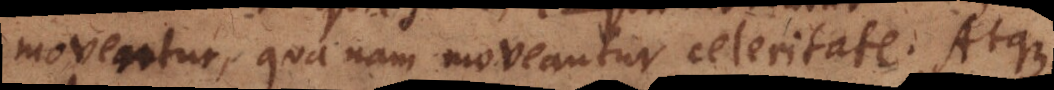
moventur, quanam moveantur celeritate. Atque